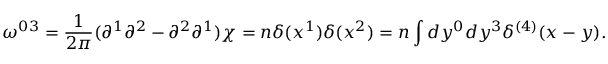
\omega ^ { 0 3 } = \frac { 1 } { 2 \pi } ( \partial ^ { 1 } \partial ^ { 2 } - \partial ^ { 2 } \partial ^ { 1 } ) \chi = n \delta ( x ^ { 1 } ) \delta ( x ^ { 2 } ) = n \int d y ^ { 0 } d y ^ { 3 } \delta ^ { ( 4 ) } ( x - y ) .